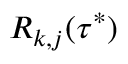
R _ { k , j } ( \tau ^ { * } )